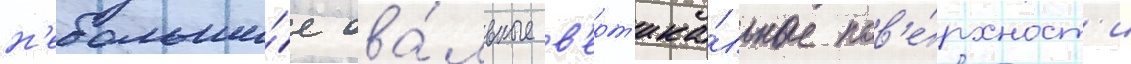
н'ебольши́е ова́льные в'ерт'ика́льные пов'е́рхност'и